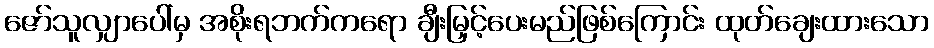
ဇော်သူလျှာပေါ်မှ အစိုးရဘက်ကရော ချီးမြှင့်ပေးမည်ဖြစ်ကြောင်း ထုတ်ချေးထားသော